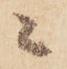
ニ